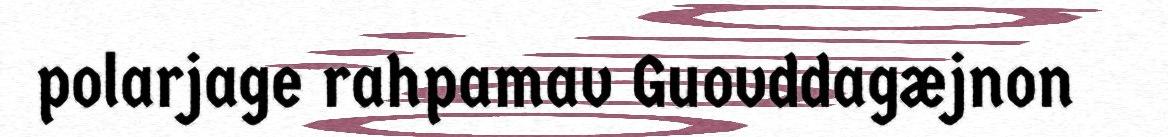
polarjage rahpamav Guovddagæjnon